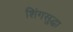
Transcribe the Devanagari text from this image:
शिंगसुद्धा